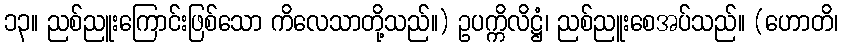
၁၃။ ညစ်ညူးကြောင်းဖြစ်သော ကိလေသာတို့သည်။) ဥပက္ကိလိဋ္ဌံ၊ ညစ်ညူးစေအပ်သည်။ (ဟောတိ၊